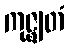
ကုဇ္ဈတံ